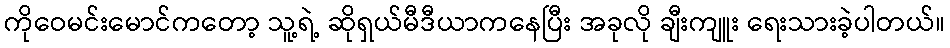
ကိုဝေမင်းမောင်ကတော့ သူ့ရဲ့ ဆိုရှယ်မီဒီယာကနေပြီး အခုလို ချီးကျူး ရေးသားခဲ့ပါတယ်။